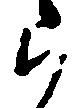
ら